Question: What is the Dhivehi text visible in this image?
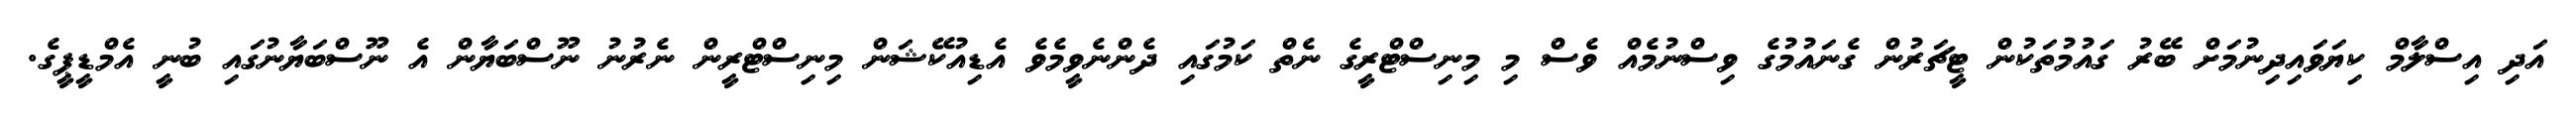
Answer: އަދި އިސްލާމް ކިޔަވައިދިނުމަށް ބޭރު ގައުމުތަކުން ޓީޗަރުން ގެނައުމުގެ ވިސްނުމެއް ވެސް މި މިނިސްޓްރީގެ ނެތް ކަމުގައި ދެންނެވީމެވެ އެޑިއުކޭޝަން މިނިސްޓްރީން ނެރުނު ނޫސްބަޔާން އެ ނޫސްބަޔާނުގައި ބުނީ އެމްޑީޕީގެ.